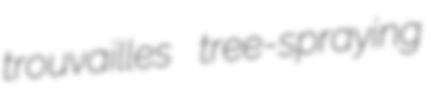
trouvailles tree-spraying